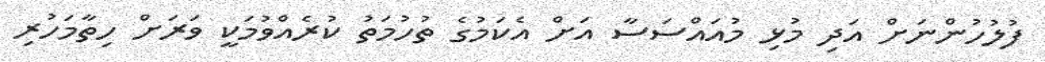
ފުލުހުންނަށް އަދި މުޅި މުއައްސަސާ އަށް އެކަމުގެ ތުހުމަތު ކުރެއްވުމަކީ ވަރަށް ހިތާމަހުރި